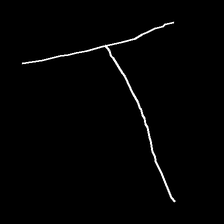
Glyph: column